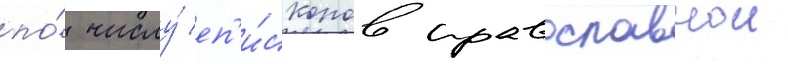
по́ числу́ еп'и́скопов православнои